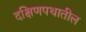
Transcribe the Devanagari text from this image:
दक्षिणपथातील